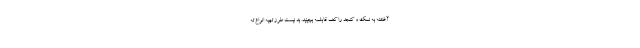
آغشته به نمک و کنجد را کف قابلمه بچینید. بد نیست طرز تهیه انواع ته